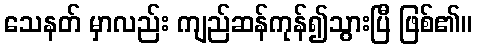
သေနတ် မှာလည်း ကျည်ဆန်ကုန်၍သွားပြီ ဖြစ်၏။